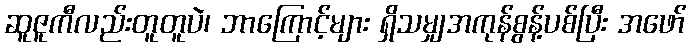
ဆူဇူကီလည်းတူတူပဲ၊ ဘာကြောင့်များ ရှိသမျှအကုန်စွန့်ပစ်ပြီး အဖော်